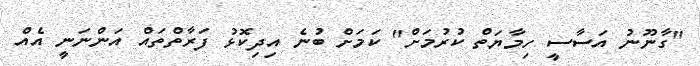
"ގާނޫނު އަސާސީ ހިމާޔަތް ކުރުމަށް" ކަމަށް ބުނެ އިދިކޮޅު ފަރާތްތައް އަންނަނީ އެއް